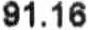
91.16